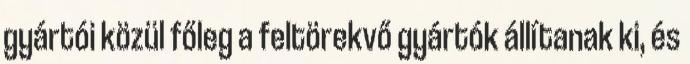
gyártói közül főleg a feltörekvő gyártók állítanak ki, és